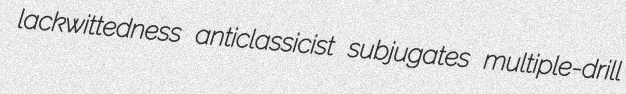
lackwittedness anticlassicist subjugates multiple-drill